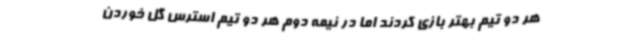
هر دو تیم بهتر بازی کردند اما در نیمه دوم هر دو تیم استرس گل خوردن